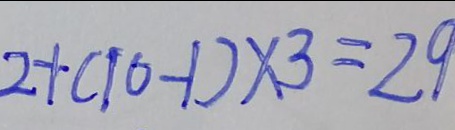
2 + ( 1 0 - 1 ) \times 3 = 2 9